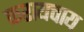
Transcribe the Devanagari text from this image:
करायचाय